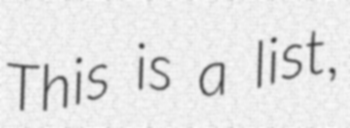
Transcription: This is a list,